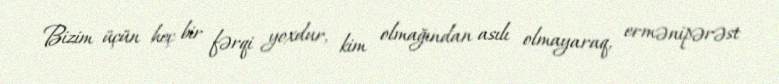
Bizim üçün heç bir fərqi yoxdur, kim olmağından asılı olmayaraq, ermənipərəst